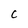
Character: C